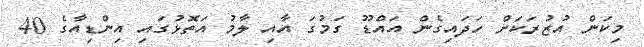
މިކަން އުޒުރަކަށް ހަދައިގެން އައްޑޫ ގަމުގަ އާއި ލާމު އަތޮޅުގައި އިންޑިއާގެ 40